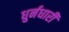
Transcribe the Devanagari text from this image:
धुर्नधारी